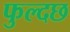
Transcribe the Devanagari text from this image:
फुल्दछ